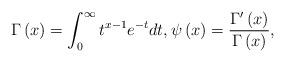
LaTeX: \begin{align*}\Gamma \left( x\right) =\int_{0}^{\infty }t^{x-1}e^{-t}dt,\psi \left( x\right) =\frac{\Gamma ^{\prime }\left( x\right) }{\Gamma \left(x\right) }, \end{align*}